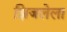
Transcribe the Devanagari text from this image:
झिजलेला